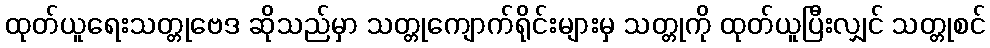
ထုတ်ယူရေးသတ္တုဗေဒ ဆိုသည်မှာ သတ္တုကျောက်ရိုင်းများမှ သတ္တုကို ထုတ်ယူပြီးလျှင် သတ္တုစင်